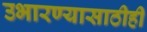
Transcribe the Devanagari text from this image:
उभारण्यासाठीही